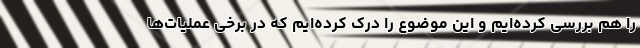
را هم بررسی کرده‌ایم و این موضوع را درک کرده‌ایم که در برخی عملیات‌ها